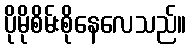
ပိုမိုစိမ်းစိုနေလေသည်။